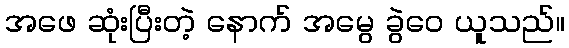
အဖေ ဆုံးပြီးတဲ့ နောက် အမွေ ခွဲဝေ ယူသည်။